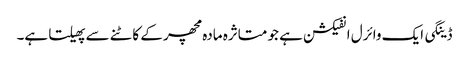
ڈینگی ایک وائرل انفیکشن ہے جو متاثرہ مادہ مچھر کے کاٹنے سے پھیلتا ہے۔